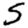
Digit: 5